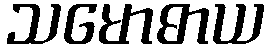
သမောဓာယ